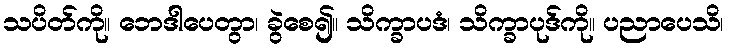
သပိတ်ကို။ ဘေဒါပေတွာ၊ ခွဲစေ၍။ သိက္ခာပဒံ၊ သိက္ခာပုဒ်ကို။ ပညာပေသိ၊